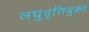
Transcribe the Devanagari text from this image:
लघुवृत्तियुक्त